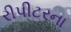
રીપીટરના